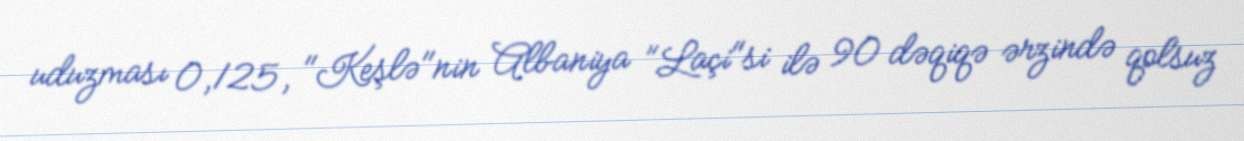
uduzması 0,125, "Keşlə"nin Albaniya "Laçi"si ilə 90 dəqiqə ərzində qolsuz